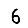
Digit: 6